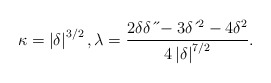
\begin{align*}\kappa=\left \vert \delta \right \vert ^{3/2},\lambda=\frac{2\delta \delta \,\acute{}\,\acute{}-3\delta \,\acute{}\,^{2}-4\delta^{2}}{4\left \vert \delta \right \vert ^{7/2}}. \end{align*}